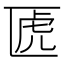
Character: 𠥶